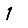
Digit: 1